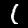
Digit: 1